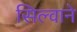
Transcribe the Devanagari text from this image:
सिल्वाने